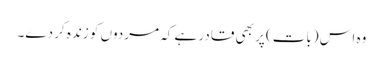
وہ اس (بات) پر بھی قادر ہے کہ مردوں کو زندہ کر دے۔